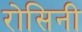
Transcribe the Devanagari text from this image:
रोसिनी